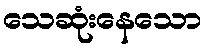
သေဆုံးနေသော